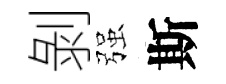
剝强斯